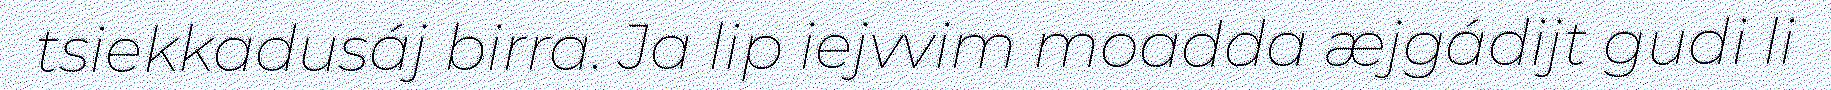
tsiekkadusáj birra. Ja lip iejvvim moadda æjgádijt gudi li